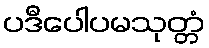
ပဒီပေါပမသုတ္တံ